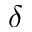
\delta